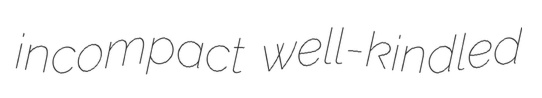
incompact well-kindled